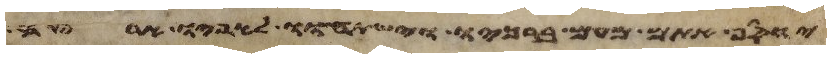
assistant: יוסף אתם מעם ברכיו וישתחוו לאפיו ארצה